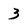
Character: 3